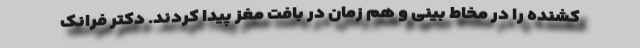
کشنده را در مخاط بینی و هم زمان در بافت مغز پیدا کردند. دکتر فرانک